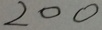
2 0 0